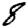
Digit: 8